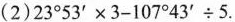
(2) $$2 3 ° 5 3 ' \times 3 - 1 0 7 ° 4 3 ' \div 5$$.